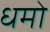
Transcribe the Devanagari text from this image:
धमो